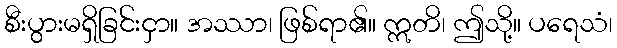
စီးပွားမရှိခြင်းငှာ။ အဿာ၊ ဖြစ်ရာ၏။ ဣတိ၊ ဤသို့။ ပရေသံ၊